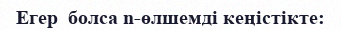
Егер  болса n-өлшемді кеңістікте: